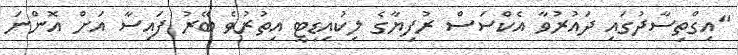
"އިގްތިސާދުގައި ދައުރުވާ އެކްސަސް ރުފިޔާގެ ލިކުއިޑިޓީ އިތުރުވެ ބޭރު ފައިސާ އަށް އޮންނަ